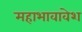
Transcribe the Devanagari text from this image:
महाभावावेश